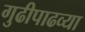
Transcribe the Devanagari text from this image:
गुढीपाढव्या